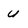
Character: u